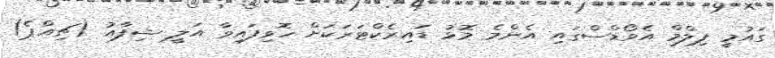
ގައުމީ ފިލްމް އެވޯޑްސްގައި އެންމެ މޮޅު ޑައިރެކްޓަރަކަށް ހޮވިފައިވާ އަލީ ޝިފާއު (ޗިއްޕެ)